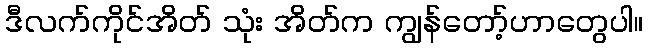
ဒီလက်ကိုင်အိတ် သုံး အိတ်က ကျွန်တော့်ဟာတွေပါ။